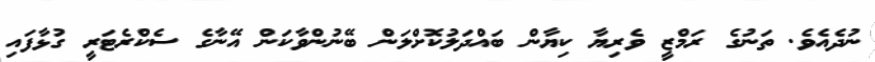
ނުދެއެވެ. ތަނުގެ ރަމްޒީ ވެރިޔާ ކިޔާން ބައްދަލުކޮށްލަން ބޭނުންވާކަން އޭނާގެ ސެކްރެޓަރީ ގުޅާފައި